Scottish Leaving Certificate Examination, 1955
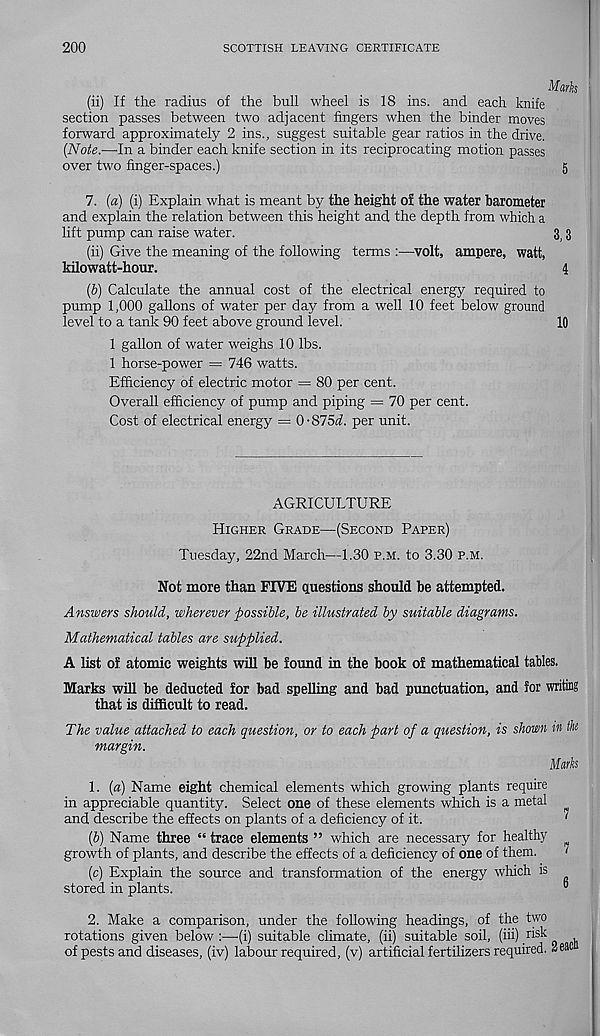
200
SCOTTISH LEAVING CERTIFICATE
Marks
(ii) If the radius of the bull wheel is 18 ins. and each knife
section passes between two adjacent fingers when the binder moves
forward approximately 2 ins., suggest suitable gear ratios in the drive.
(Note.—In a binder each knife section in its reciprocating motion passes
over two finger-spaces.)
g
7. (a) (i) Explain what is meant by the height of the water barometer
and explain the relation between this height and the depth from which a
lift pump can raise water.
3 j 3
(ii) Give the meaning of the following terms :—volt, ampere, watt,
kilowatt-hour.
4
(b) Calculate the annual cost of the electrical energy required to
pump 1,000 gallons of water per day from a well 10 feet below ground
level to a tank 90 feet above ground level.
10
1 gallon of water weighs 10 lbs.
1 horse-power = 746 watts.
Efficiency of electric motor = 80 per cent.
Overall efficiency of pump and piping = 70 per cent.
Cost of electrical energy = 0-875(i. per unit.
AGRICULTURE
Higher Grade—(Second Paper)
Tuesday, 22nd March—1.30 p.m. to 3.30 p.m.
Not more than FIVE questions should be attempted.
Answers should, wherever possible, be illustrated by suitable diagrams.
Mathematical tables are supplied.
A list of atomic weights will be found in the book of mathematical tables.
Marks will be deducted for bad spelling and bad punctuation, and for writing
that is difficult to read.
The value attached to each question, or to each part of a question, is shown in the
margin.
Marks
1. (a) Name eight chemical elements which growing plants require
in appreciable quantity. Select one of these elements which is a metal
and describe the effects on plants of a deficiency of it.
'
(b) Name three “ trace elements ” which are necessary for healthy
growth of plants, and describe the effects of a deficiency of one of them.
‘
(c) Explain the source and transformation of the energy which is
stored in plants.
^
2. Make a comparison, under the following headings, of the two
rotations given below :—(i) suitable climate, (ii) suitable soil, (hi) risk
of pests and diseases, (iv) labour required, (v) artificial fertilizers required. 2eac